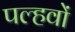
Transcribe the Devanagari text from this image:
पल्हवों